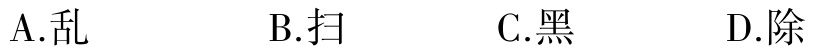
A.乱

B.扫

C.黑

D.除